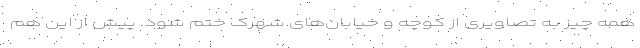
همه چیز به تصاویری از کوچه و خیابان‌های شهرک ختم شود. پیش از این هم